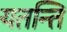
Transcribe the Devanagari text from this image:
यतन्ति